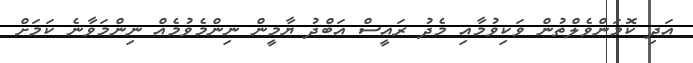
އަދި ކޮމަންވެލްތުން ވަކިވުމާއި މެދު ރައީސް އަބްދު ޔާމީން ނިންމެވުމެއް ނިންމަވާނެ ކަމަށް